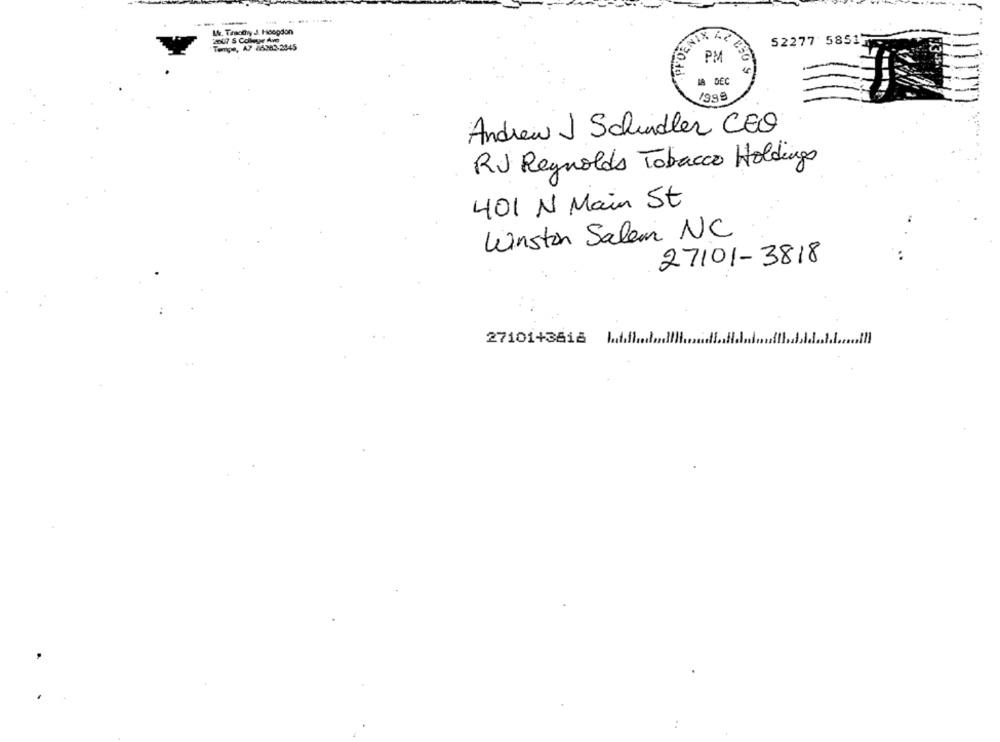
-- -
... ....
W. Thaochy J. Hoopdon
2007 S College Ave
52277 5851
Tempe, AP 26383-2045
PM
IA DEC
1998
Andrew J Schindler CEO
RJ Reynolds Tobacco Holdings
401 N Main St
Winston Salem NC
27101-3818
27101+3818 Mall